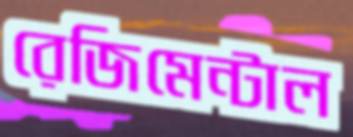
রেজিমেন্টাল